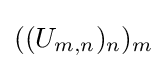
((U_{m,n})_{n})_{m}